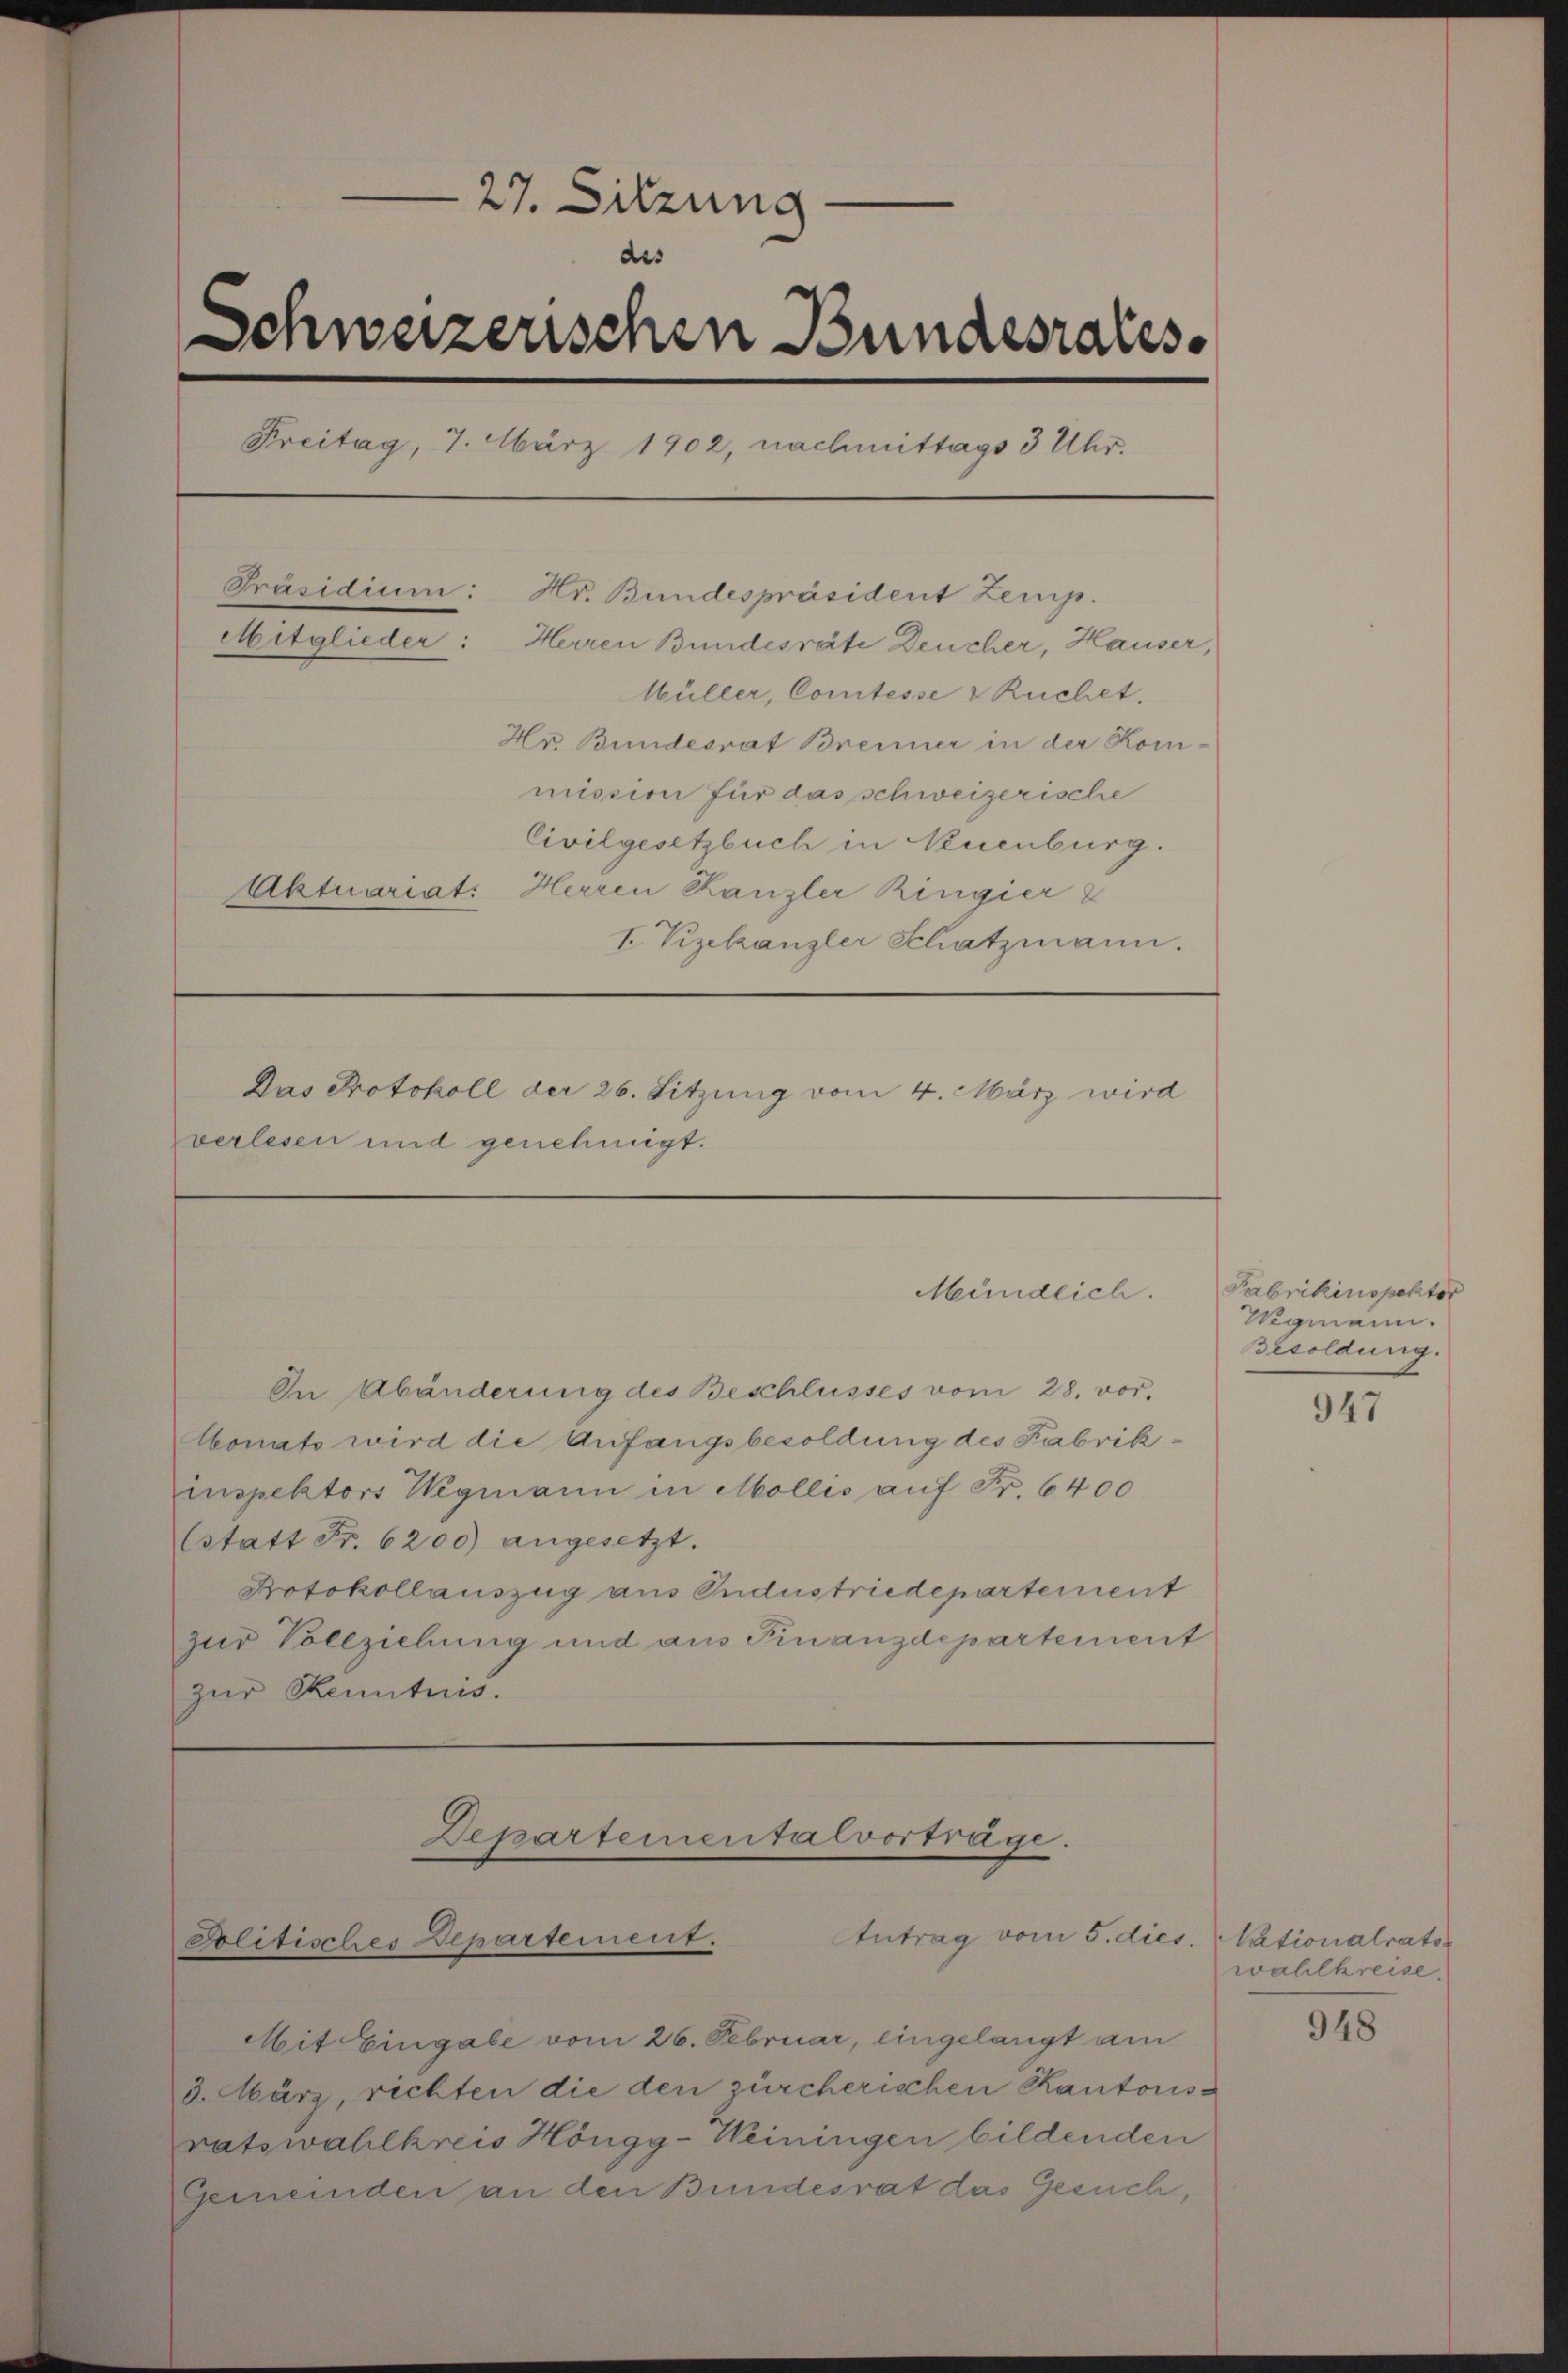
27. Sitzung
e
des
Schweizerischen Bundesrates.
Freitag, 7. März 1902, nachmittags 3 Uhr.
Präsidium: Hr. Bundespräsident Zemp.
Mitglieder: Herren Bundesräte Deucher, Hauser,
Wüller, Comtesse & Ruchet.
Hr Bundesrat Brenner in der Kommission für das schweizerische
Civilgesetzbuch in Neuenburg.
Aktuariat: Herren Kanzler Ringier
I Vizekanzler Schatzmann.
Das Protokoll der 26. Sitzung vom 4. März wird
verlesen und genehmigt.

Mündlich.

In Abänderung des Beschlusses vom 28. vor.
Monats wird die Anfangsbesoldung des Fabrikinspektors Wegmann in Mollis auf Fr. 6400
Estatt Fr. 6200) angesetzt.
Protokollauszug aus Sudustriedepartement
zur Vollziehung und aus Finanzdepartement
zur Kenntnis.

Departementalvorträge.
Antrag vom 5. dies. Nationalrats
politisches Departement.

Mit Eingabe vom 26. Februar, eingelangt am
3. März, rechten die den zürcherischen Kantonsratswahlkreis Höngg-Weiningen bildenden
Gemeinden an den Bundesrat das Gesuch,

Fabrikinspek
Wegmann
Besoldung.

947

wahlkreise.

948